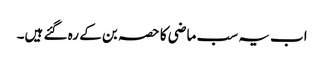
اب یہ سب ماضی کا حصہ بن کے رہ گئے ہیں۔